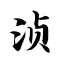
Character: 浈